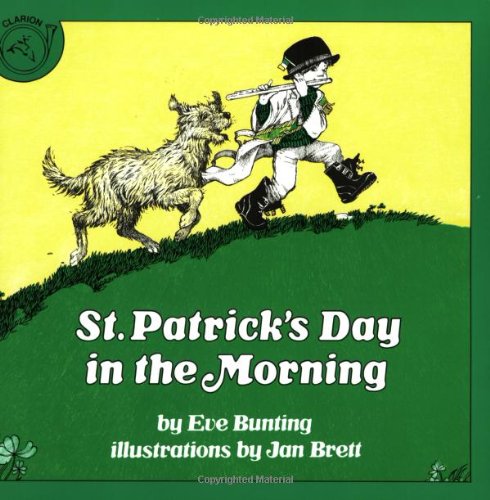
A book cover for St. Patrick's Day in the Morning; Eve Bunting; Children's Books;